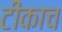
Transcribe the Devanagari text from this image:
टीकाच